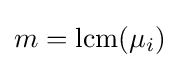
m={\text{lcm}}(\mu _{i})